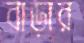
বাড়ার